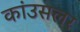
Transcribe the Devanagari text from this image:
कांउसलर